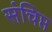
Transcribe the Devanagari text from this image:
संचिप्त